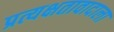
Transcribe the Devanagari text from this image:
प्रत्यक्षतावादाला